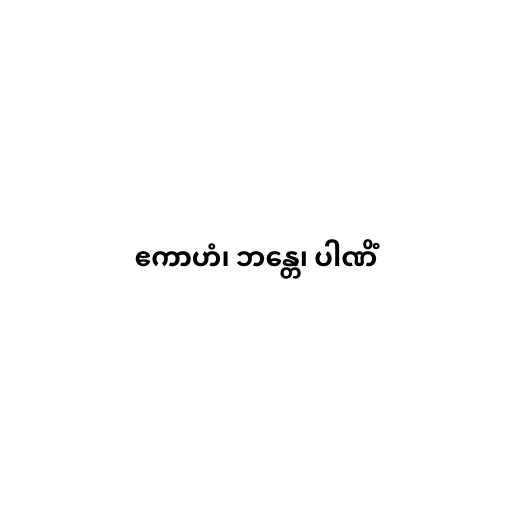
ဧကာဟံ၊ ဘန္တေ၊ ပါဏိံ